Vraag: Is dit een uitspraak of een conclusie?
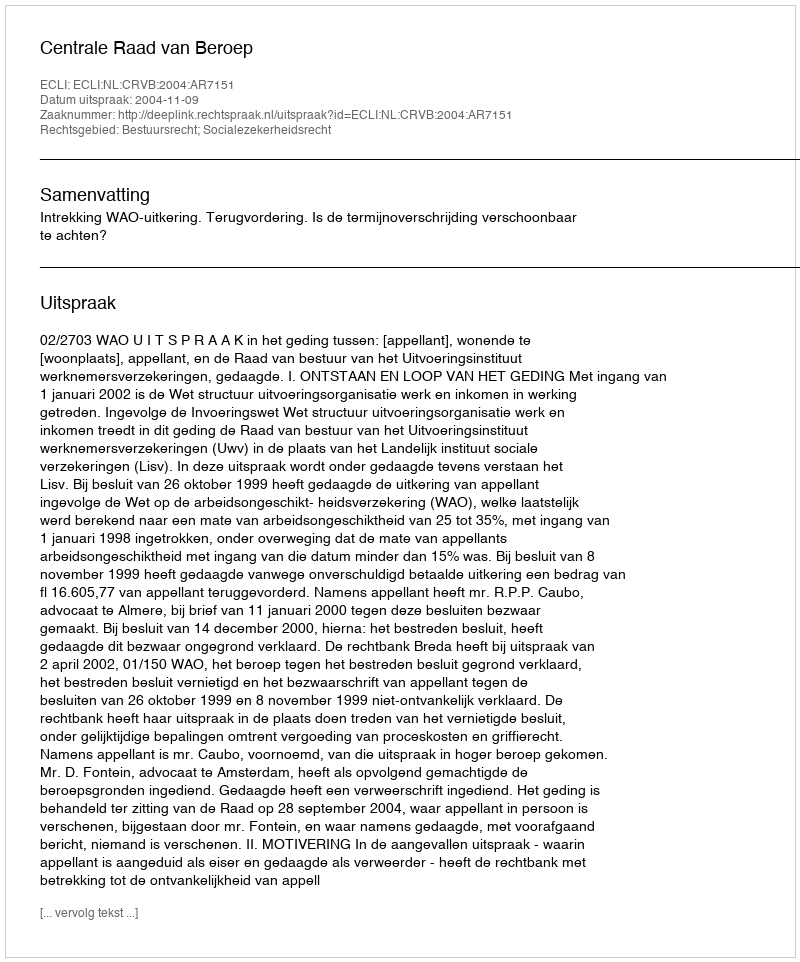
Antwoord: Uitspraak